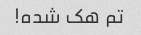
تم هک شده!